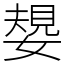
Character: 嫢